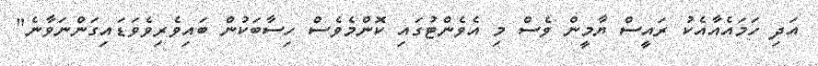
އަދި ހަމައެއާއެކު ރައީސް ޔާމީން ވެސް މި އެވެންޓުގައި ކޮންމެވެސް ހިސާބަކުން ބައިވެރިވެވަޑައިގަންނަވާނެ"